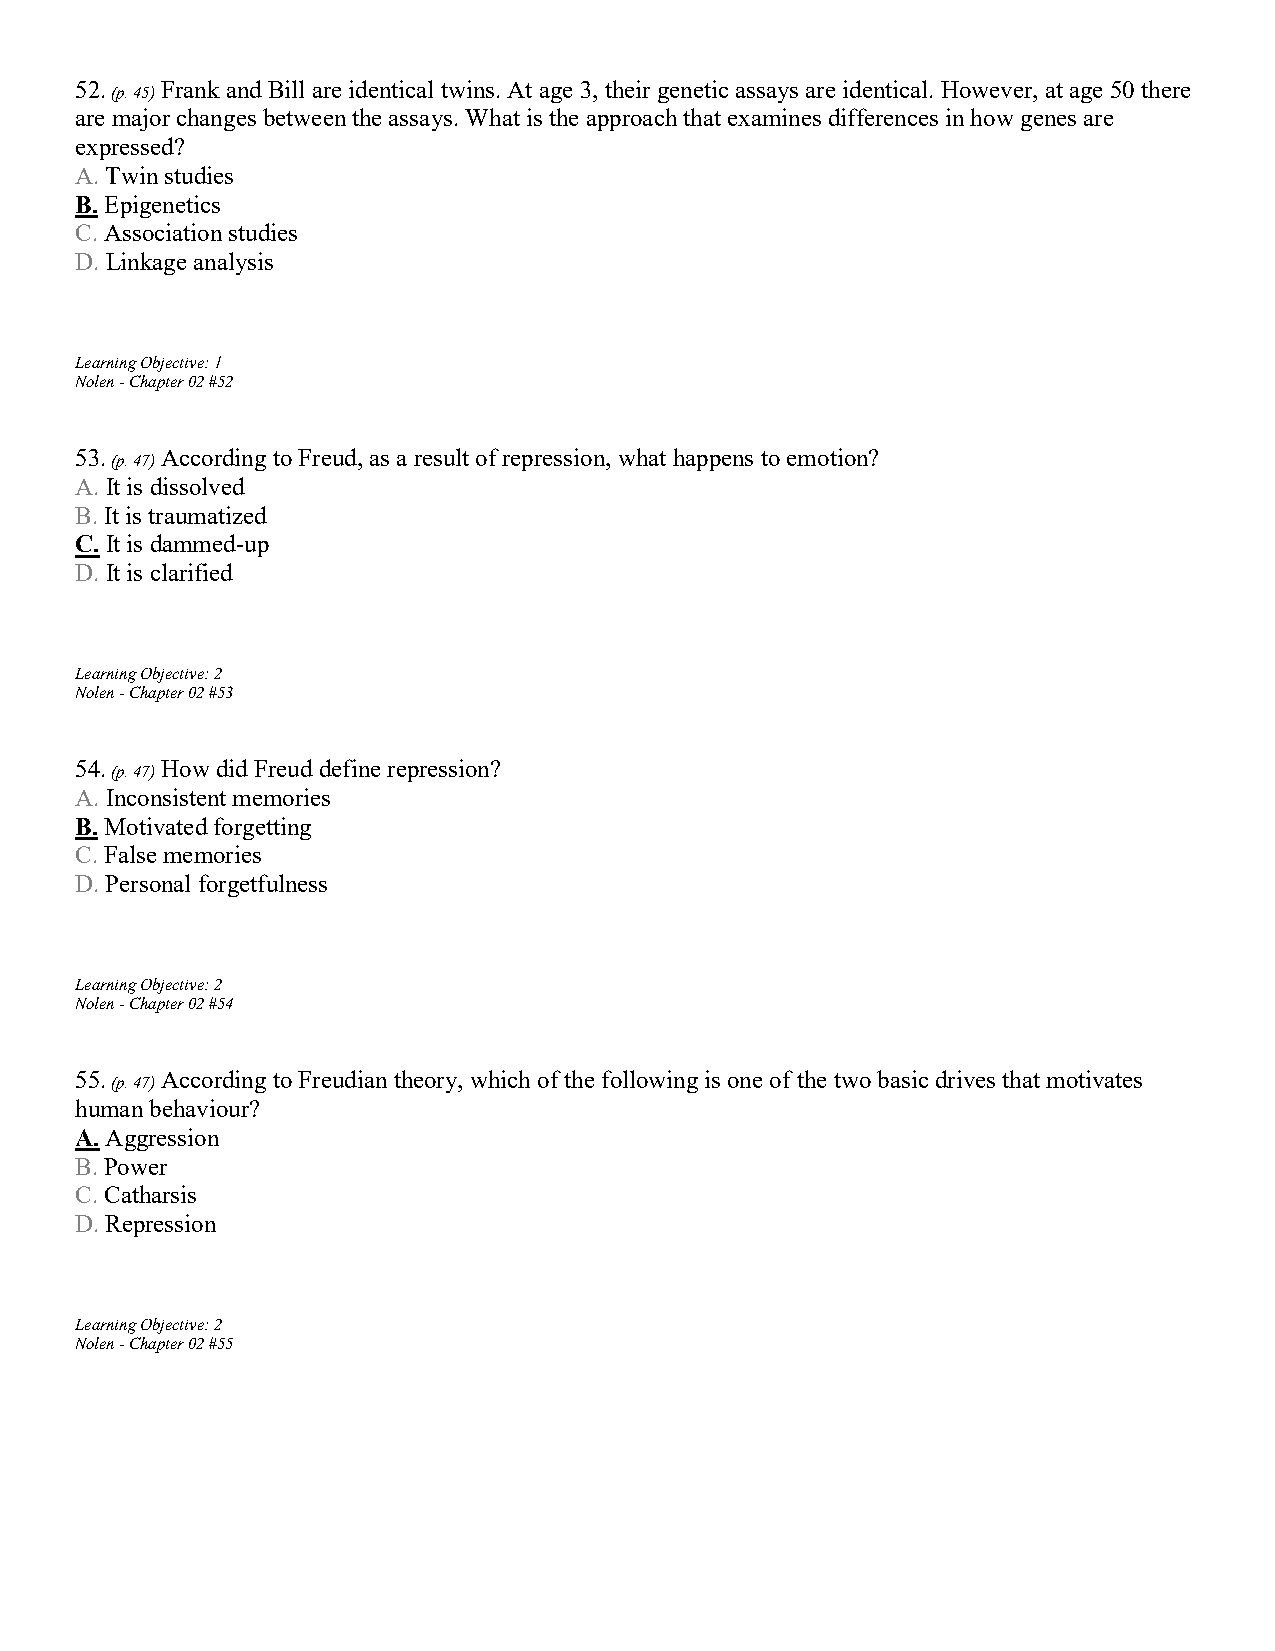
52.   Frank and Bill are identical twins. At age 3, their genetic assays are identical. However, at age 50 there
 (p. 45)
 are major changes between the assays. What is the approach that examines differences in how genes are
 expressed?
 A. Twin studies
 B. Epigenetics
 C. Association studies
 D. Linkage analysis
 Learning Objective: 1
 Nolen - Chapter 02 #52
 53.   According to Freud, as a result of repression, what happens to emotion?
 (p. 47)
 A. It is dissolved
 B. It is traumatized
 C. It is dammed-up
 D. It is clarified
 Learning Objective: 2
 Nolen - Chapter 02 #53
 54.   How did Freud define repression?
 (p. 47)
 A. Inconsistent memories
 B. Motivated forgetting
 C. False memories
 D. Personal forgetfulness
 Learning Objective: 2
 Nolen - Chapter 02 #54
 55.   According to Freudian theory, which of the following is one of the two basic drives that motivates
 (p. 47)
 human behaviour?
 A. Aggression
 B. Power
 C. Catharsis
 D. Repression
 Learning Objective: 2
 Nolen - Chapter 02 #55